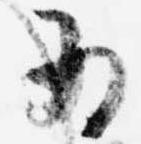
為